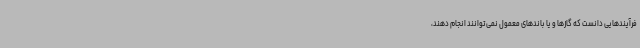
فرآیندهایی دانست که گازها و یا باندهای معمول نمی‌توانند انجام دهند،